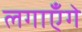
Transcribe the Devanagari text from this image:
लगाएँगे